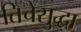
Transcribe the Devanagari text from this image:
तिचेसुद्धा